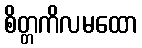
စိတ္တကိလမထော